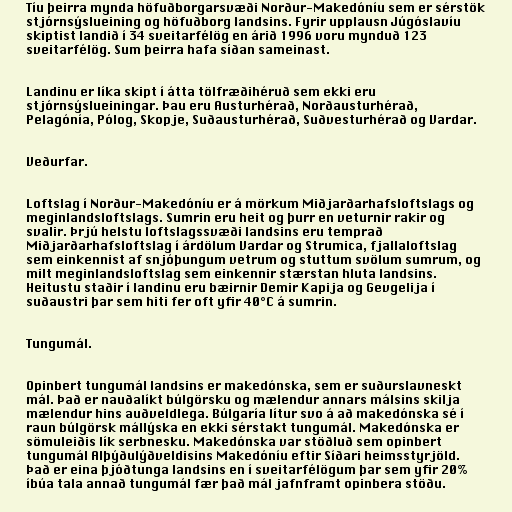
Tíu þeirra mynda höfuðborgarsvæði Norður-Makedóníu sem er sérstök
stjórnsýslueining og höfuðborg landsins. Fyrir upplausn Júgóslavíu
skiptist landið í 34 sveitarfélög en árið 1996 voru mynduð 123
sveitarfélög. Sum þeirra hafa síðan sameinast.

Landinu er líka skipt í átta tölfræðihéruð sem ekki eru
stjórnsýslueiningar. Þau eru Austurhérað, Norðausturhérað,
Pelagónía, Pólog, Skopje, Suðausturhérað, Suðvesturhérað og Vardar.

Veðurfar.

Loftslag í Norður-Makedóníu er á mörkum Miðjarðarhafsloftslags og
meginlandsloftslags. Sumrin eru heit og þurr en veturnir rakir og
svalir. Þrjú helstu loftslagssvæði landsins eru temprað
Miðjarðarhafsloftslag í árdölum Vardar og Strumica, fjallaloftslag
sem einkennist af snjóþungum vetrum og stuttum svölum sumrum, og
milt meginlandsloftslag sem einkennir stærstan hluta landsins.
Heitustu staðir í landinu eru bæirnir Demir Kapija og Gevgelija í
suðaustri þar sem hiti fer oft yfir 40°C á sumrin.

Tungumál.

Opinbert tungumál landsins er makedónska, sem er suðurslavneskt
mál. Það er nauðalíkt búlgörsku og mælendur annars málsins skilja
mælendur hins auðveldlega. Búlgaría lítur svo á að makedónska sé í
raun búlgörsk mállýska en ekki sérstakt tungumál. Makedónska er
sömuleiðis lík serbnesku. Makedónska var stöðluð sem opinbert
tungumál Alþýðulýðveldisins Makedóníu eftir Síðari heimsstyrjöld.
Það er eina þjóðtunga landsins en í sveitarfélögum þar sem yfir 20%
íbúa tala annað tungumál fær það mál jafnframt opinbera stöðu.